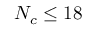
N _ { c } \leq 1 8